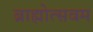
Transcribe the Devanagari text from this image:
ब्राह्मोत्सवम